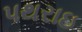
પથરાઇ